Lunatic asylums Madras 1892-1911 - 1892-1911
Year: 1892
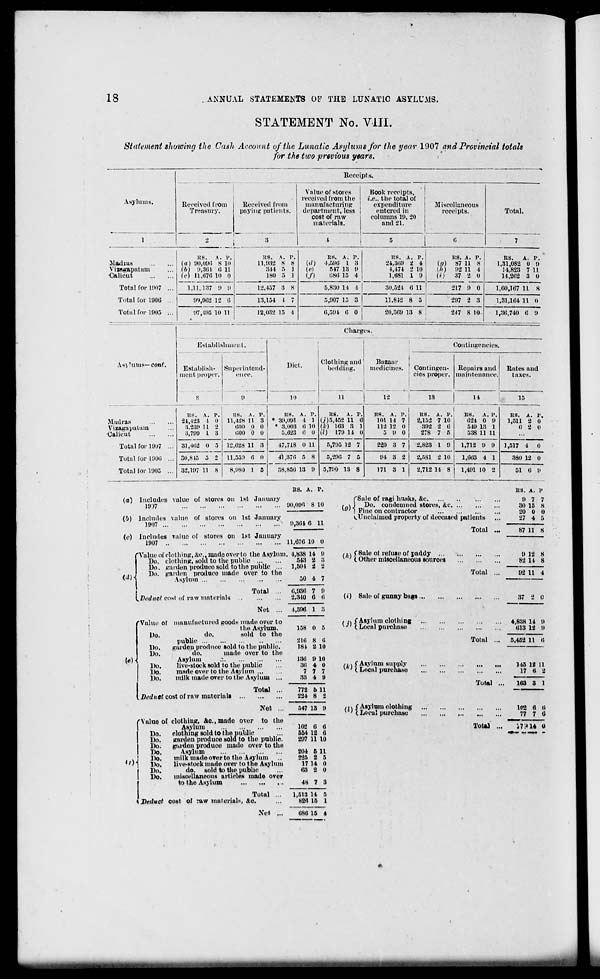
18
ANNUAL STATEMENTS OF THE LUNATIC ASYLUMS.
STATEMENT No. VIII.
Statement showing the Cash Account of the Lunatic Asylums for the year 1907 and Provincial totals
for the two previous years.
-.'
Asylums.
Receipts.
Received from
Treasury.
Received from
paying patients.
i
Value of stores
Rook receipts,
received from the
I.e., the total of
manufacturing
expenditure
department, less |
entered in
cost of raw
materials.
columns 19, 20
and 21.
Miscellaneous
receipts.
Total.
Madras
Vizngapatam
Calicut
Total for 1907
Total for 190(5
Total for 1905
its. A. v.
(«) 00,000 8 10
(b) 9,301 (! 11
(c) 11,670 10 0
1,11,187 0 II
09,962 12 0
07,408 10 11
US. A. V.
11.032 8 8
844 5 1
ISO B 1
12,467 3 s
13,154 I 7
12,032 15 4
Id)
(e)
if)
us. A. r.
4,590 I 8
517 18 0
080 15 4 |
5,830 14 1 |
IIS. A. P.
24,360 2 4
1,171 2 10
1,081 1 9
30,521 0 11
5,007 15 3
11,842 8 5
0,501 6 0
20,300 13 8
US. A. P.
(.</) 87 11 8
(//) 02 11 4
(*)
37 2 0
217 9 0
207 2 3
217 8 10
ES. A. P.
1,31,082 0 0
14,823 7 11
14,202 3 0
1,00,167 11 8
1,31,164 11 0
1,36,740 6 9
Establishment.
Did.
Charges.
i
Clothing and'
Bazaar
beddi|ig. ! medicines.
Contingencies.
cont.
Establish-
ment proper.
8
Superintend-
ence.
Contingen-
cies proper.
Repairs and
maintenance.
Rates and
taxes.
10
11
12
13
14
15
.Madras
Vizagapatiun
Calicut
Total for 1907
Total for 1900
Total for 1905
US. A.
24,123 1
3.239 11
3,799 1
p.
0
2
3
as. A.
11,428 11
000 0
(>00 0
r.
3
0
0
81,402 0 5 12,028 11 3
30,815 5 2 11,659 0
8,080 1
0
82,107 11 8
5
US. A. P.
* 39,091 4 1
* 3,003 ti 10
5,623 0 0
17,718 0 11
11,370 5 8
S8,S50 18 9
HS.
A. P.
U') 5,452 11 0
(A) 103 3 1
(l) 179 11 0
5,795 12 7
5,290
5,790 13 8
US. A. p.
101 11 7
112 12 0
5 0 0
220 3 7
94 3 2
171 3 1
US. A. P.
2,152 7 10
392 2 0
278 7 fl
I
2,888 1 0
US.
A. P.
024 0 9
519 13 1
538 11 11
1,712 9 !»
2.HS1 2 10 I 1,063 4 1
2,712 14 8
1,491 10 2
US. A. P.
1,511 2 0
0 2 0
1,517 4 0
380 12 0
51 6 0
(a) Includes value of stores on 1st January
19)7
(b) Includes value of stores on 1st January
1907
(c) includes value or stores on 1st January
1907
US. A. P.
90,096 8 10
9,361 6 11
11,676 10 0
(d)
'Value of clothing, &c, mode over to the Asylum. 1,838 14 0
Do. clothing, sold to the public
543 2 3
Do. garden produce sold to the public ...
1,501 2 2
Do. garden produce made over to the
Asylum
50 4 7
{.Deduct cost of raw materials
Total
Net
(«)
rValuc of manufactured goods made over to
the Asylum.
Do.
do.
sold to the
public
Do.
garden produce sold to the public.
Do.
do.
made over to the
Asylum
1 )o.
live-stock sold to the public
Do.
made over to the Asylum
Do.
milk made over to the Asylum ...
6,936 7 9
2,310 6 6
1,596 1 3
158 0 5
216 S 6
181 2 10
186 9 10
36 4 0
7 7 7
33 4 U
.Deduct cost of raw materials
Total
Net
«/)
rvalue of clothing, &o.,mado over to the
Asylum
Do.
clothing sold to the public
Do.
garden produce sold to the public.
Do.
garden produce made over to the
Do.
Asylum
Do.
milk made over to the Aayluni
Do.
live-stock made over to the Asylum
Do.
do. sold to the public
Do.
miscellaneous articles made over
to the Asylum
\ Deduct cost of raw materials, &c.
Total
772 6 11
224 8 2
547 18 9
102 6 6
554 12 0
297 11 10
204 6 11
225 2 5
17 14 0
03 2 0
48 7 3
1,513 11 5
826 15 1
("Sale of ragi husks, &c
i \\ Do. condemned stores, &c
KU> | Fine on contractor
^Unclaimed property of deceased patients
Total
,.x $ Sale oi refuse of paddy ...
v ' ( Other miscellaneous sources
(/') Sale of gunny bags,..
, •, /Asylum clothing
KJI XLocal purchase
/.,. ("Asylum supply
v ' I Local purchase
Total
, ,v < Asylum clothing
* ' ( Local purchase
Total ...
Total ..,
Total ...
US. A. p
» 7
30 15
20 0
27 4
7
8
0
5
87 11 s
8 12
82 11
8
8
92 11 i
37 a 0
4,838 14 9
013 12 0
5,452 11 6
115 12
17 6
It
163 3 1
102 0
77 7
0
6
i 7 :•♦ 1* o
Net
086 15 4